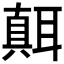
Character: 𦗁